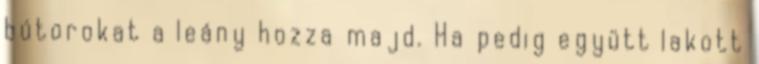
bútorokat a leány hozza majd. Ha pedig együtt lakott